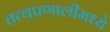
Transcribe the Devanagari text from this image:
तत्वप्रणालीमध्ये